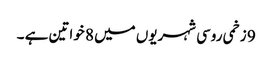
9 زخمی روسی شہریوں میں 8 خواتین ہے ۔